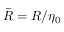
\bar { R } = R / \eta _ { 0 }